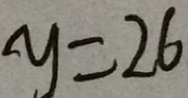
y = 2 6